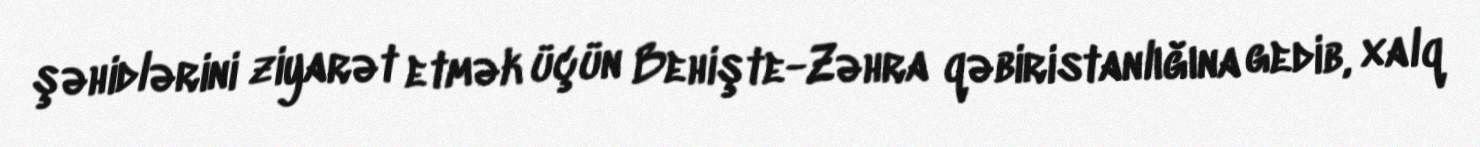
şəhidlərini ziyarət etmək üçün Behişte-Zəhra qəbiristanlığına gedib, xalq